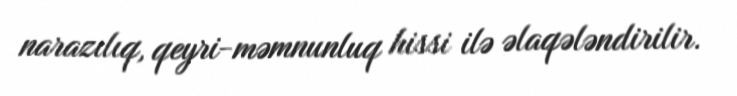
narazılıq, qeyri-məmnunluq hissi ilə əlaqələndirilir.